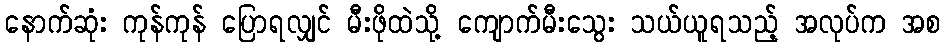
နောက်ဆုံး ကုန်ကုန် ပြောရလျှင် မီးဖိုထဲသို့ ကျောက်မီးသွေး သယ်ယူရသည့် အလုပ်က အစ